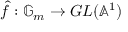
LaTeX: { \hat { f } } : \mathbb { G } _ { m } \to G L ( \mathbb { A } ^ { 1 } )